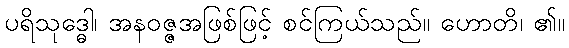
ပရိသုဒ္ဓေါ၊ အနဝဇ္ဇအဖြစ်ဖြင့် စင်ကြယ်သည်။ ဟောတိ၊ ၏။